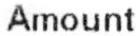
AMOUNT